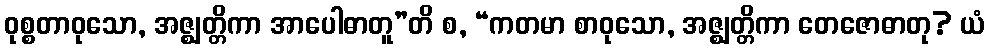
ဝုစ္စတာဝုသော, အဇ္ဈတ္တိကာ အာပေါဓာတူ”တိ စ, “ကတမာ စာဝုသော, အဇ္ဈတ္တိကာ တေဇောဓာတု? ယံ